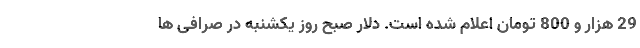
29 هزار و 800 تومان اعلام شده است. دلار صبح روز یکشنبه در صرافی ها